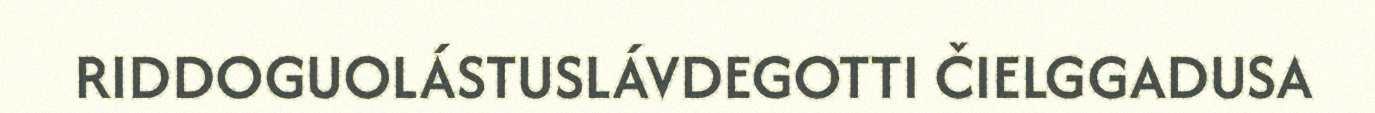
RIDDOGUOLÁSTUSLÁVDEGOTTI ČIELGGADUSA